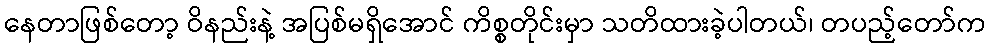
နေတာဖြစ်တော့ ဝိနည်းနဲ့ အပြစ်မရှိအောင် ကိစ္စတိုင်းမှာ သတိထားခဲ့ပါတယ်၊ တပည့်တော်က